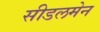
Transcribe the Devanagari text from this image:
सीडलमेन